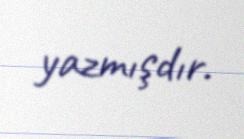
yazmışdır.